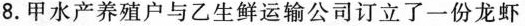
8.甲水产养殖户与乙生鲜运输公司订立了一份龙虾